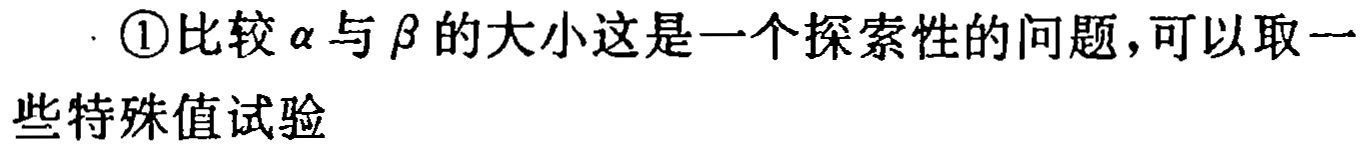
\textcircled{1}比较\(\alpha\)与\(\beta\)的大小这是一个探索性的问题，可以取一些特殊值试验